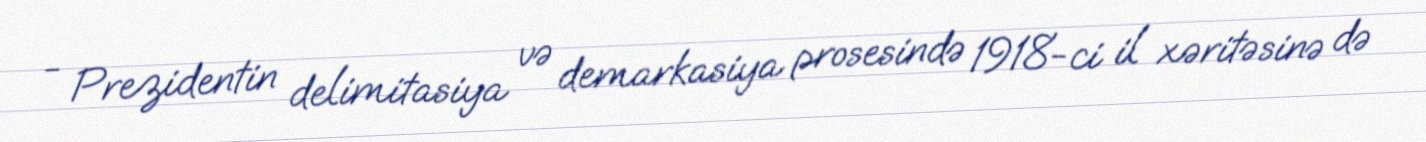
- Prezidentin delimitasiya və demarkasiya prosesində 1918-ci il xəritəsinə də